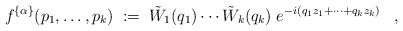
\begin{align*}f^{\{\alpha\}}(p_1,\ldots,p_k) \;:=\;\tilde{W}_1(q_1) \cdots \tilde{W}_k(q_k) \;e^{-i (q_1 z_1+\cdots+q_k z_k)} \;\;\;,\end{align*}